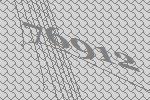
76912